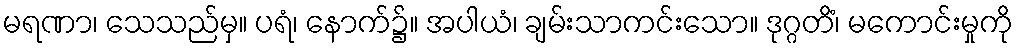
မရဏာ၊ သေသည်မှ။ ပရံ၊ နောက်၌။ အပါယံ၊ ချမ်းသာကင်းသော။ ဒုဂ္ဂတိံ၊ မကောင်းမှုကို